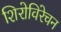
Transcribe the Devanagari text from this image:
शिरोविरेचन